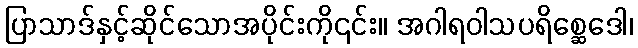
ပြာသာဒ်နှင့်ဆိုင်သောအပိုင်းကို၎င်း။ အဂါရဝါသပရိစ္ဆေဒေါ၊